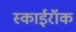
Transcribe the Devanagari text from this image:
स्काईरॉक